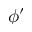
\phi ^ { \prime }